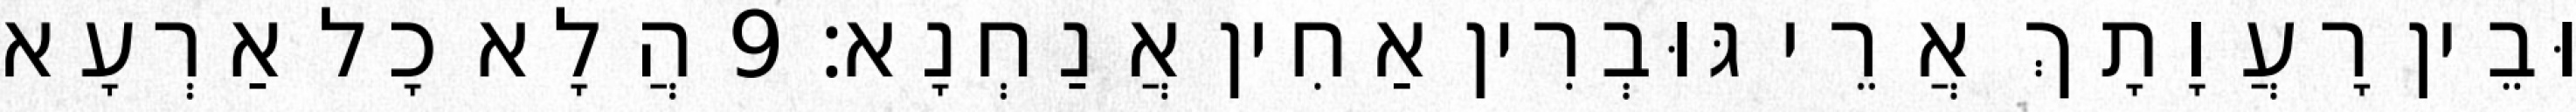
וּבֵין רָעֲוָתָךְ אֲרֵי גּוּבְרִין אַחִין אֲנַחְנָא׃ 9 הֲלָא כָל אַרְעָא